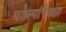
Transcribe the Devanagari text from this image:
मजल्यांपेक्शा